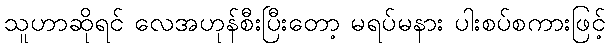
သူဟာဆိုရင် လေအဟုန်စီးပြီးတော့ မရပ်မနား ပါးစပ်စကားဖြင့်